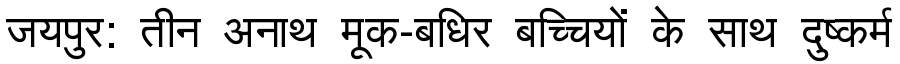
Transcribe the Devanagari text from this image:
जयपुर: तीन अनाथ मूक-बधिर बच्चियों के साथ दुष्कर्म